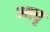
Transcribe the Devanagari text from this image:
आवृ